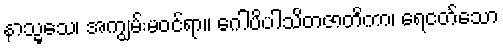
နာသ္မသေ၊ အကျွမ်းမဝင်ရာ။ ဂေါပိပါသိတဇာတိကာ၊ ရေငတ်သော